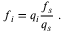
f _ { i } = q _ { i } \frac { f _ { s } } { q _ { s } } \; .